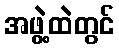
အဖွဲ့ထဲတွင်